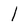
Character: l